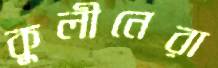
কুলীনেরা